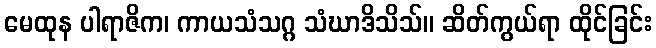
မေထုန ပါရာဇိက၊ ကာယသံသဂ္ဂ သံဃာဒိသိသ်။ ဆိတ်ကွယ်ရာ ထိုင်ခြင်း